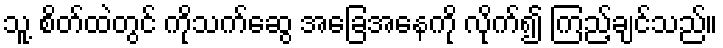
သူ့ စိတ်ထဲတွင် ကိုသက်ဆွေ အခြေအနေကို လိုက်၍ ကြည့်ချင်သည်။